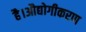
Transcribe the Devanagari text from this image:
है।औद्योगीकरण